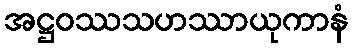
အဋ္ဌဝဿသဟဿာယုကာနံ